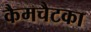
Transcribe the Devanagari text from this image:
कैमचैटका